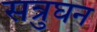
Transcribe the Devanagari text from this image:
सत्रुघन